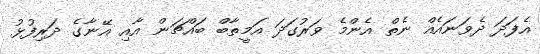
އެފަދަ ދެވަނައެއް ނެތް އެންމެ ވަރުގަދަ އަމީތާބް ބައްޗަން އާއި އޭނާގެ ދަރިފުޅު